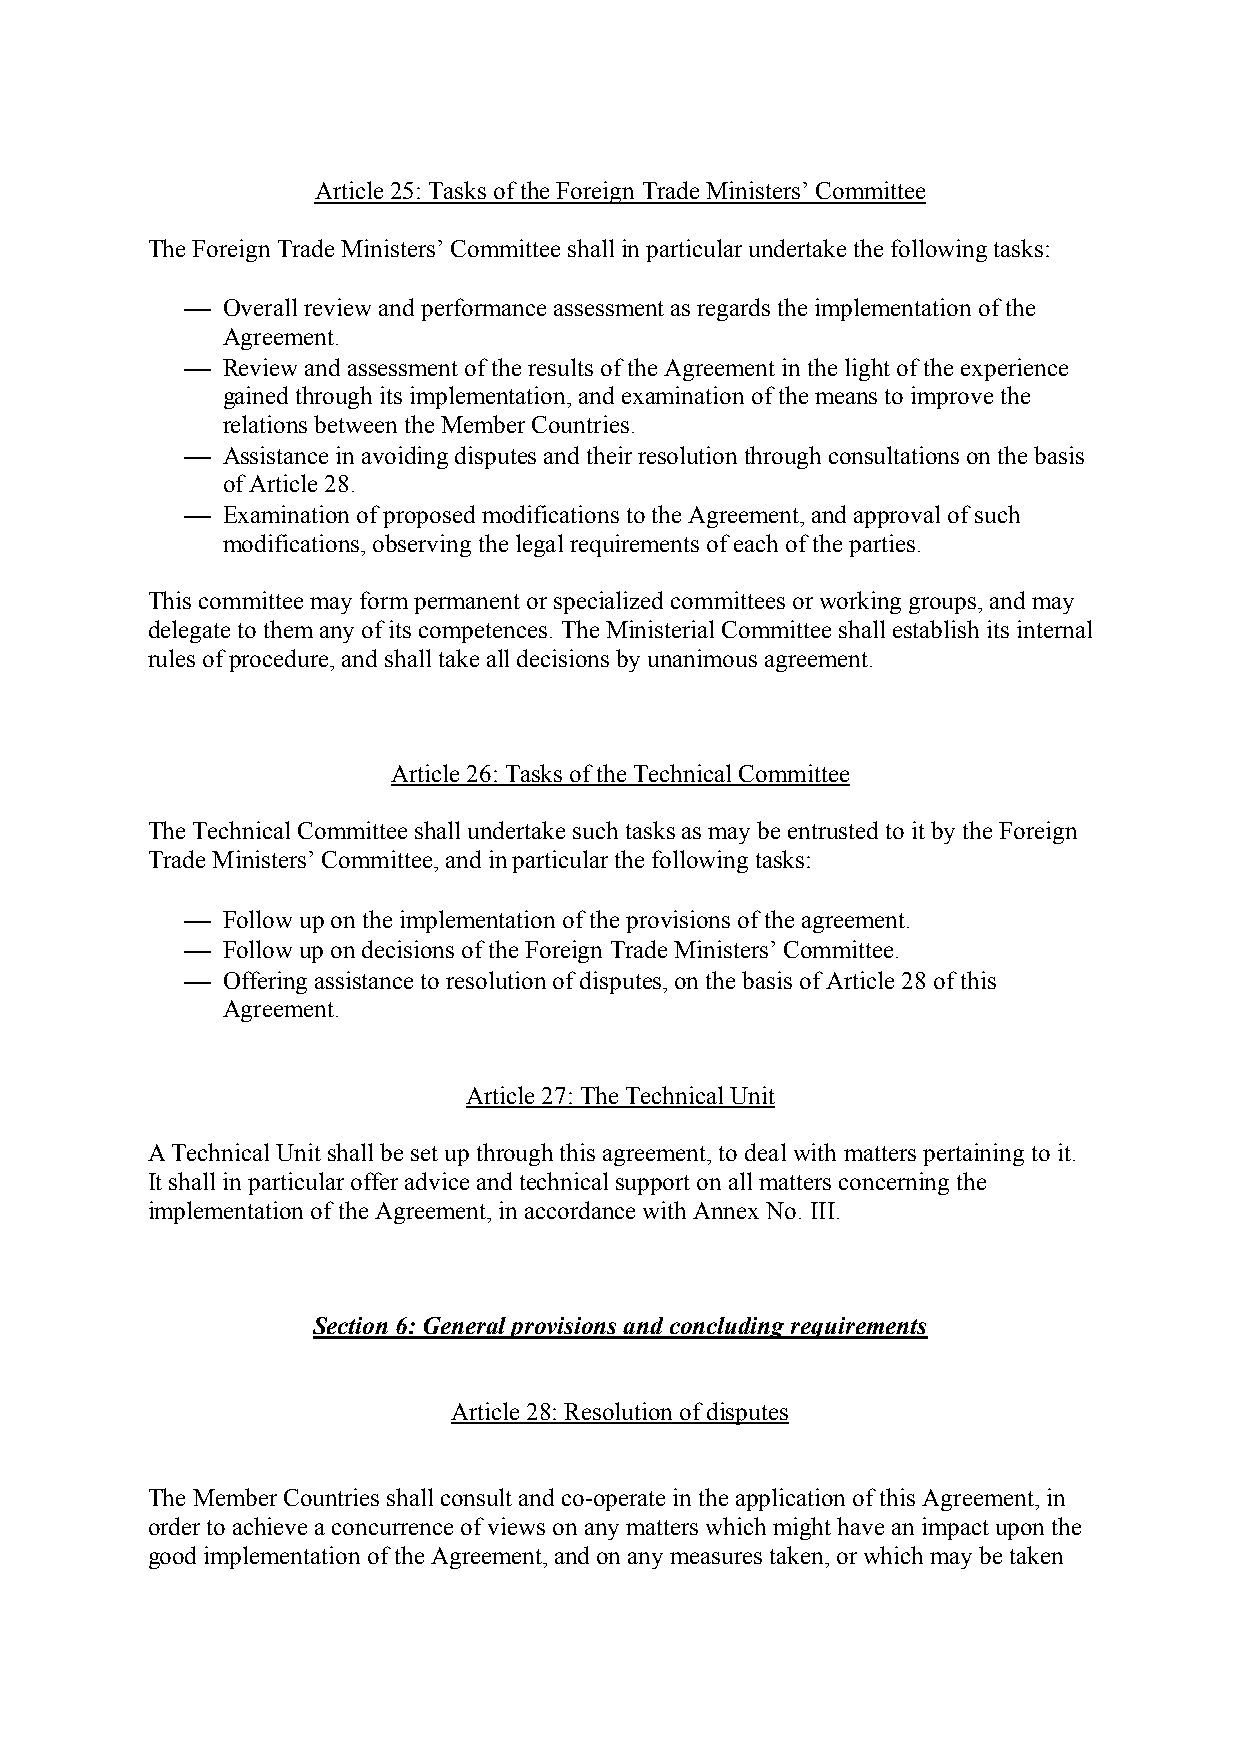
Article 25: Tasks of the Foreign Trade Ministers’ Committee
 The Foreign Trade Ministers’ Committee shall in particular undertake the following tasks:
 !  Overall review and performance assessment as regards the implementation of the
 Agreement.
 !  Review and assessment of the results of the Agreement in the light of the experience
 gained through its implementation, and examination of the means to improve the
 relations between the Member Countries.
 !  Assistance in avoiding disputes and their resolution through consultations on the basis
 of Article 28.
 !  Examination of proposed modifications to the Agreement, and approval of such
 modifications, observing the legal requirements of each of the parties.
 This committee may form permanent or specialized committees or working groups, and may
 delegate to them any of its competences. The Ministerial Committee shall establish its internal
 rules of procedure, and shall take all decisions by unanimous agreement.
 Article 26: Tasks of the Technical Committee
 The Technical Committee shall undertake such tasks as may be entrusted to it by the Foreign
 Trade Ministers’ Committee, and in particular the following tasks:
 !  Follow up on the implementation of the provisions of the agreement.
 !  Follow up on decisions of the Foreign Trade Ministers’ Committee.
 !  Offering assistance to resolution of disputes, on the basis of Article 28 of this
 Agreement.
 Article 27: The Technical Unit
 A Technical Unit shall be set up through this agreement, to deal with matters pertaining to it.
 It shall in particular offer advice and technical support on all matters concerning the
 implementation of the Agreement, in accordance with Annex No. III.
 Section 6: General provisions and concluding requirements
 Article 28: Resolution of disputes
 The Member Countries shall consult and co-operate in the application of this Agreement, in
 order to achieve a concurrence of views on any matters which might have an impact upon the
 good implementation of the Agreement, and on any measures taken, or which may be taken